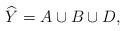
LaTeX: \begin{align*}\widehat{Y}=A\cup B\cup D,\end{align*}